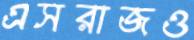
এসরাজও